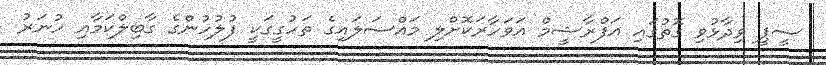
ސީޕީ ވިދާޅުވި ގޮތުގައި އަފްރާޝީމް އަވަހާރަކޮށްލި މައްސަލައިގެ ތަހުގީގަކީ ފުލުހުންގެ ގާބިލްކަމާއި ހުނަރު